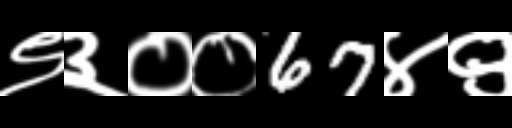
Text: ९३००67४९